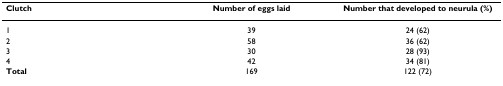
| Clutch | Number of eggs laid | Number that developed to neurula (%) |
 | --- | --- | --- |
 | 1 | 39 | 24 (62) |
 | 2 | 58 | 36 (62) |
 | 3 | 30 | 28 (93) |
 | 4 | 42 | 34 (81) |
 | Total | 169 | 122 (72) |